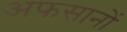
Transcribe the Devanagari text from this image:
अफसानों